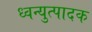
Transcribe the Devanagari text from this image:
ध्वन्युत्पादक